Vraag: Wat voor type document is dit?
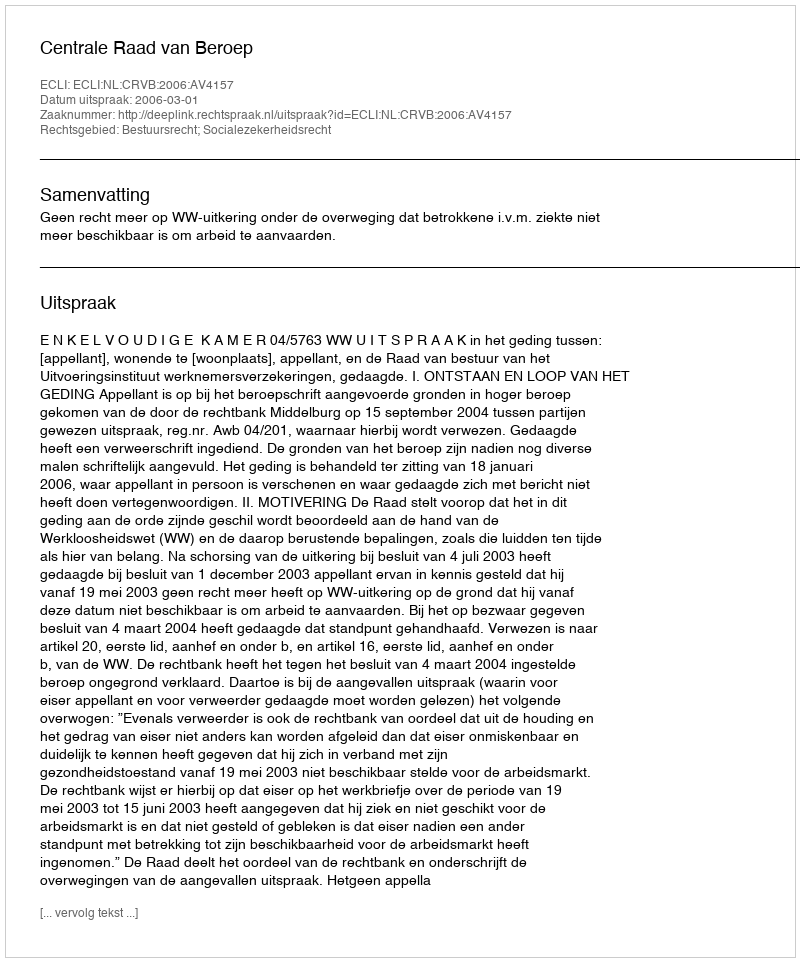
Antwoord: Uitspraak